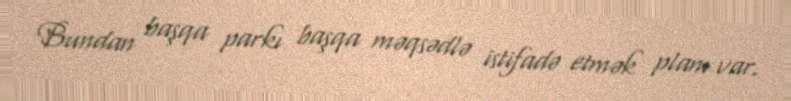
Bundan başqa parkı başqa məqsədlə istifadə etmək planı var.